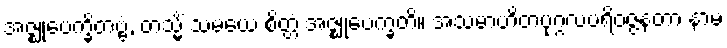
အဇ္ဈုပေက္ခိတဗ္ဗံ, တသ္မိံ သမယေ စိတ္တံ အဇ္ဈုပေက္ခတိ။ အသမာဟိတပုဂ္ဂလပရိဝဇ္ဇနတာ နာမ